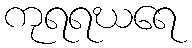
ကုရရဃရေ